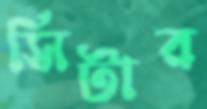
সিটার